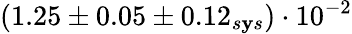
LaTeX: (1.25\pm0.05\pm0.12_{s\mathbf{y}s})\cdot10^{-2}